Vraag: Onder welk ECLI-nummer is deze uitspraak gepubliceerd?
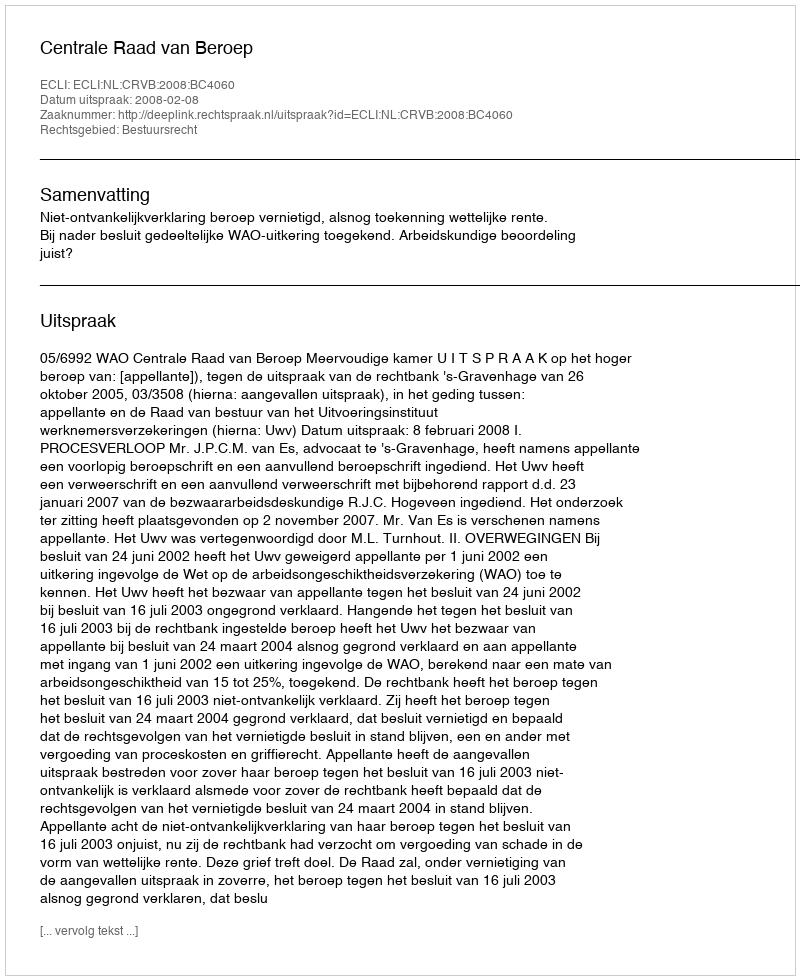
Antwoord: ECLI:NL:CRVB:2008:BC4060